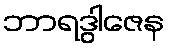
ဘာရဒွါဇေန